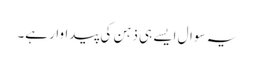
یہ سوال ایسے ہی ذہن کی پیداوار ہے۔